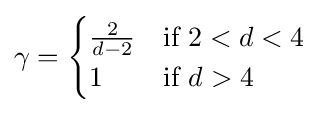
\gamma ={\begin{cases}{\frac {2}{d-2}}&{\text{if }}2<d<4\\1&{\text{if }}d>4\end{cases}}